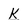
Character: K